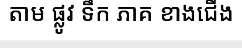
តាម ផ្លូវ ទឹក ភាគ ខាងជើង